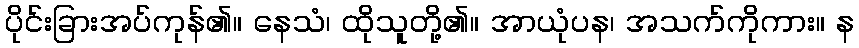
ပိုင်းခြားအပ်ကုန်၏။ နေသံ၊ ထိုသူတို့၏။ အာယုံပန၊ အသက်ကိုကား။ န